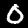
Digit: 0